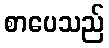
စာပေသည်